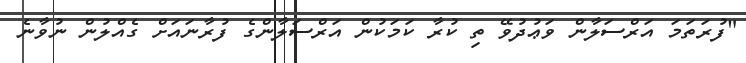
"ފުރަތަމަ އަރްސަލާން ވަޢުދުވޭ ތި ކުރާ ކަމަކުން އަރްސަލާންގެ ފުރާނައަށް ގެއްލުން ނުވާނެ